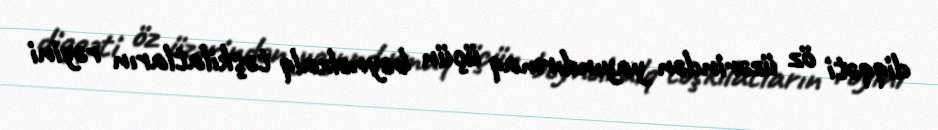
diqqəti öz üzərindən yayındırmaq üçün beynəlxalq təşkilatların rəyini